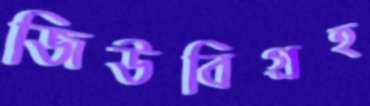
জিউবিগ্রহ